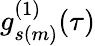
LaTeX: g_{s(m)}^{(1)}(\tau)